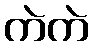
ကဲကဲ